Malaria in the Punjab - Number 46
Disease focus: Malaria
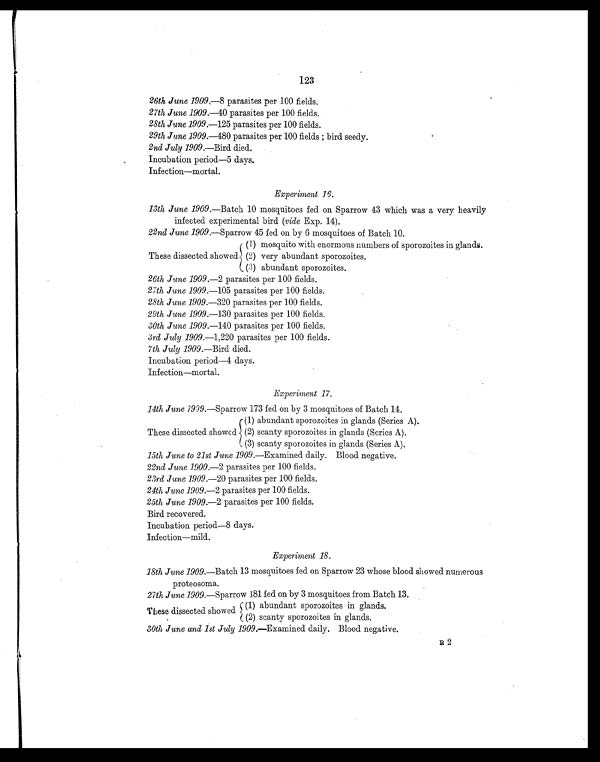
123
26th June 1909.— 8 parasites per 100 fields.
27th June 1909.— 40 parasites per 100 fields.
28th June 1909.—125 parasites per 100 fields.
29th Jane 1909.—480 parasites per 100 fields ; bird seedy.
2nd July 1909.—Bird died.
Incubation period—5 days.
Infection—mortal.
Experiment 16.
13th June 1909.—Batch 10 mosquitoes fed on Sparrow 43 which was a very heavily
infected experimental bird (vide Exp. 14).
22nd June 1909.—Sparrow 45 fed on by 6 mosquitoes of Batch 10.
( 1 ) mosquito with enormous numbers of sporozoites in glands.
These dissected showed ( 2 ) very abundant sporozoites.
( 3 ) abundant sporozoites.
26th June 1909.—2 parasites per 100 fields.
27th June 1909.—105 parasites per 100 fields.
28th June 1909.—320 parasites per 100 fields.
29th June 1909.—130 parasites per 100 fields.
30th June 1909.— 140 parasites per 100 fields.
3rd July 1909.—1,220 parasites per 100 fields.
7th July 1909.—Bird died.
Incubation period—4 days.
Infection—mortal.
Experiment 17.
14th June 1909.—Sparrow 173 fed on by 3 mosquitoes of Batch 14.
These dissected showed
(1) abundant sporozoites in glands (Series A).
(2) scanty sporozoites in glands (Series A).
(3) scanty sporozoites in glands (Series A).
15th June to 21st June 1909.—Examined daily. Blood negative.
22nd June 1900.— 2 parasites per 100 fields.
23rd June 1909.— 20 parasites per 100 fields.
24th June 1909.—2 parasites per 100 fields.
25th June 1909.— 2 parasites per 100 fields.
Bird recovered.
Incubation period—8 days.
Infection—mild.
Experiment 18.
18th June 1909.—Batch 13 mosquitoes fed on Sparrow 23 whose blood showed numerous
proteosoma.
27th June 1909.—Sparrow 181 fed on by 3 mosquitoes from Batch 13.
These dissected showed
(1) abundant sporozoites in glands.
(2) scanty sporozoites in glands.
30th June and 1st July 1909.—Examined daily. Blood negative.
R 2